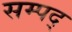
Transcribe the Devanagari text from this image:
सम्पद्